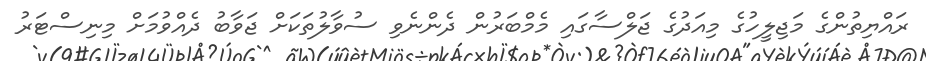
ރައްޔިތުންގެ މަޖިލީހުގެ މިއަދުގެ ޖަލްސާގައި މެމްބަރުން ދެންނެވި ސުވާލުތަކަށް ޖަވާބު ދެއްވުމަށް މިނިސްޓަރު